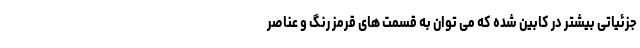
جزئیاتی بیشتر در کابین شده که می توان به قسمت های قرمز رنگ و عناصر